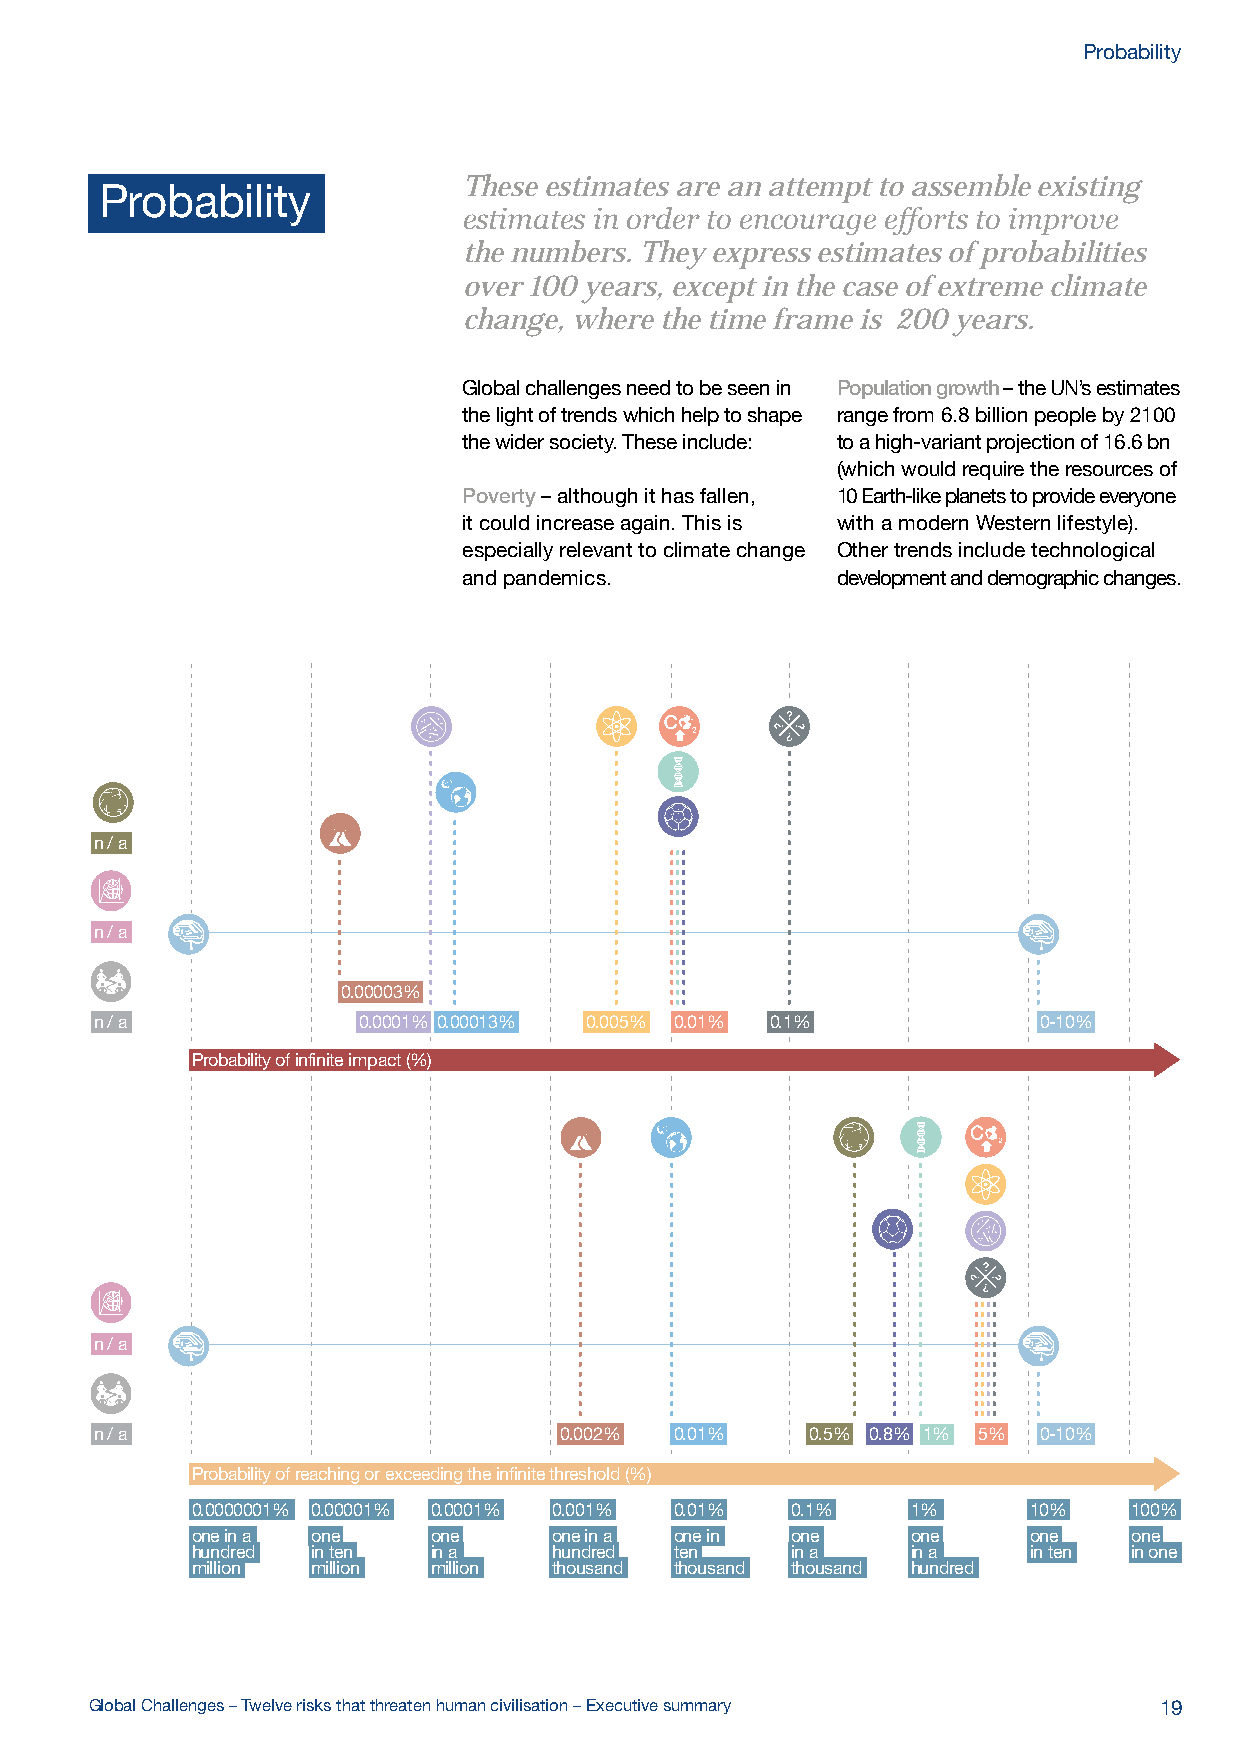
Probability
 These estimates are an attempt to assemble existing
 Probability
 estimates in order to encourage efforts to improve
 the numbers. They express estimates of probabilities
 over 100 years, except in the case of extreme climate
 change, where the time frame is 200 years.
 Global challenges need to be seen in Population growth – the UN’s estimates
 the light of trends which help to shape range from 6.8 billion people by 2100
 the wider society. These include: to a high-variant projection of 16.6 bn
 (which would require the resources of
 Poverty – although it has fallen, 10 Earth-like planets to provide everyone
 it could increase again. This is with a modern Western lifestyle).
 especially relevant to climate change Other trends include technological
 and pandemics.          development and demographic changes.
 n / a
 n / a
 0.00003%
 n / a             0.0001% 0.00013% 0.005% 0.01% 0.1%           0-10%
 Probability of infinite impact (%)
 n / a
 n / a                          0.002%  0.01%    0.5% 0.8% 1% 5% 0-10%
 Probability of reaching or exceeding the infinite threshold (%)
 0.0000001% 0.00001% 0.0001% 0.001% 0.01% 0.1%  1%      10%    100%
 one in a one   one      one in a one in one    one     one    one
 hundred in ten in a     hundred ten    in a    in a    in ten in one
 million million million thousand thousand thousand hundred
 Global Challenges – Twelve risks that threaten human civilisation – Executive summary 19
 0.01%                                      0.01%
 0.001%     0.1%
 one in ten
 one in hundred thousand one in
 thousand   thousand
 0.0001%              1%
 one in a             one in        n/a    n/a                0.8%
 million              hundred
 0.00001%                   10%
 one in ten                 one in
 million    infinite impact % ten
 0.0000001%    infinite threshold % 100%
 one in hundred                one in one      0.01%
 million                                                     0.01%
 0.01%
 0.00013%
 0.01%         0.0001%              0.002%            0.1%
 5%                5%             0.00003%               5%
 0.005%           0.5%             0.01%
 5%       n/a                        1%         n/a   n/a